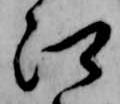
郷